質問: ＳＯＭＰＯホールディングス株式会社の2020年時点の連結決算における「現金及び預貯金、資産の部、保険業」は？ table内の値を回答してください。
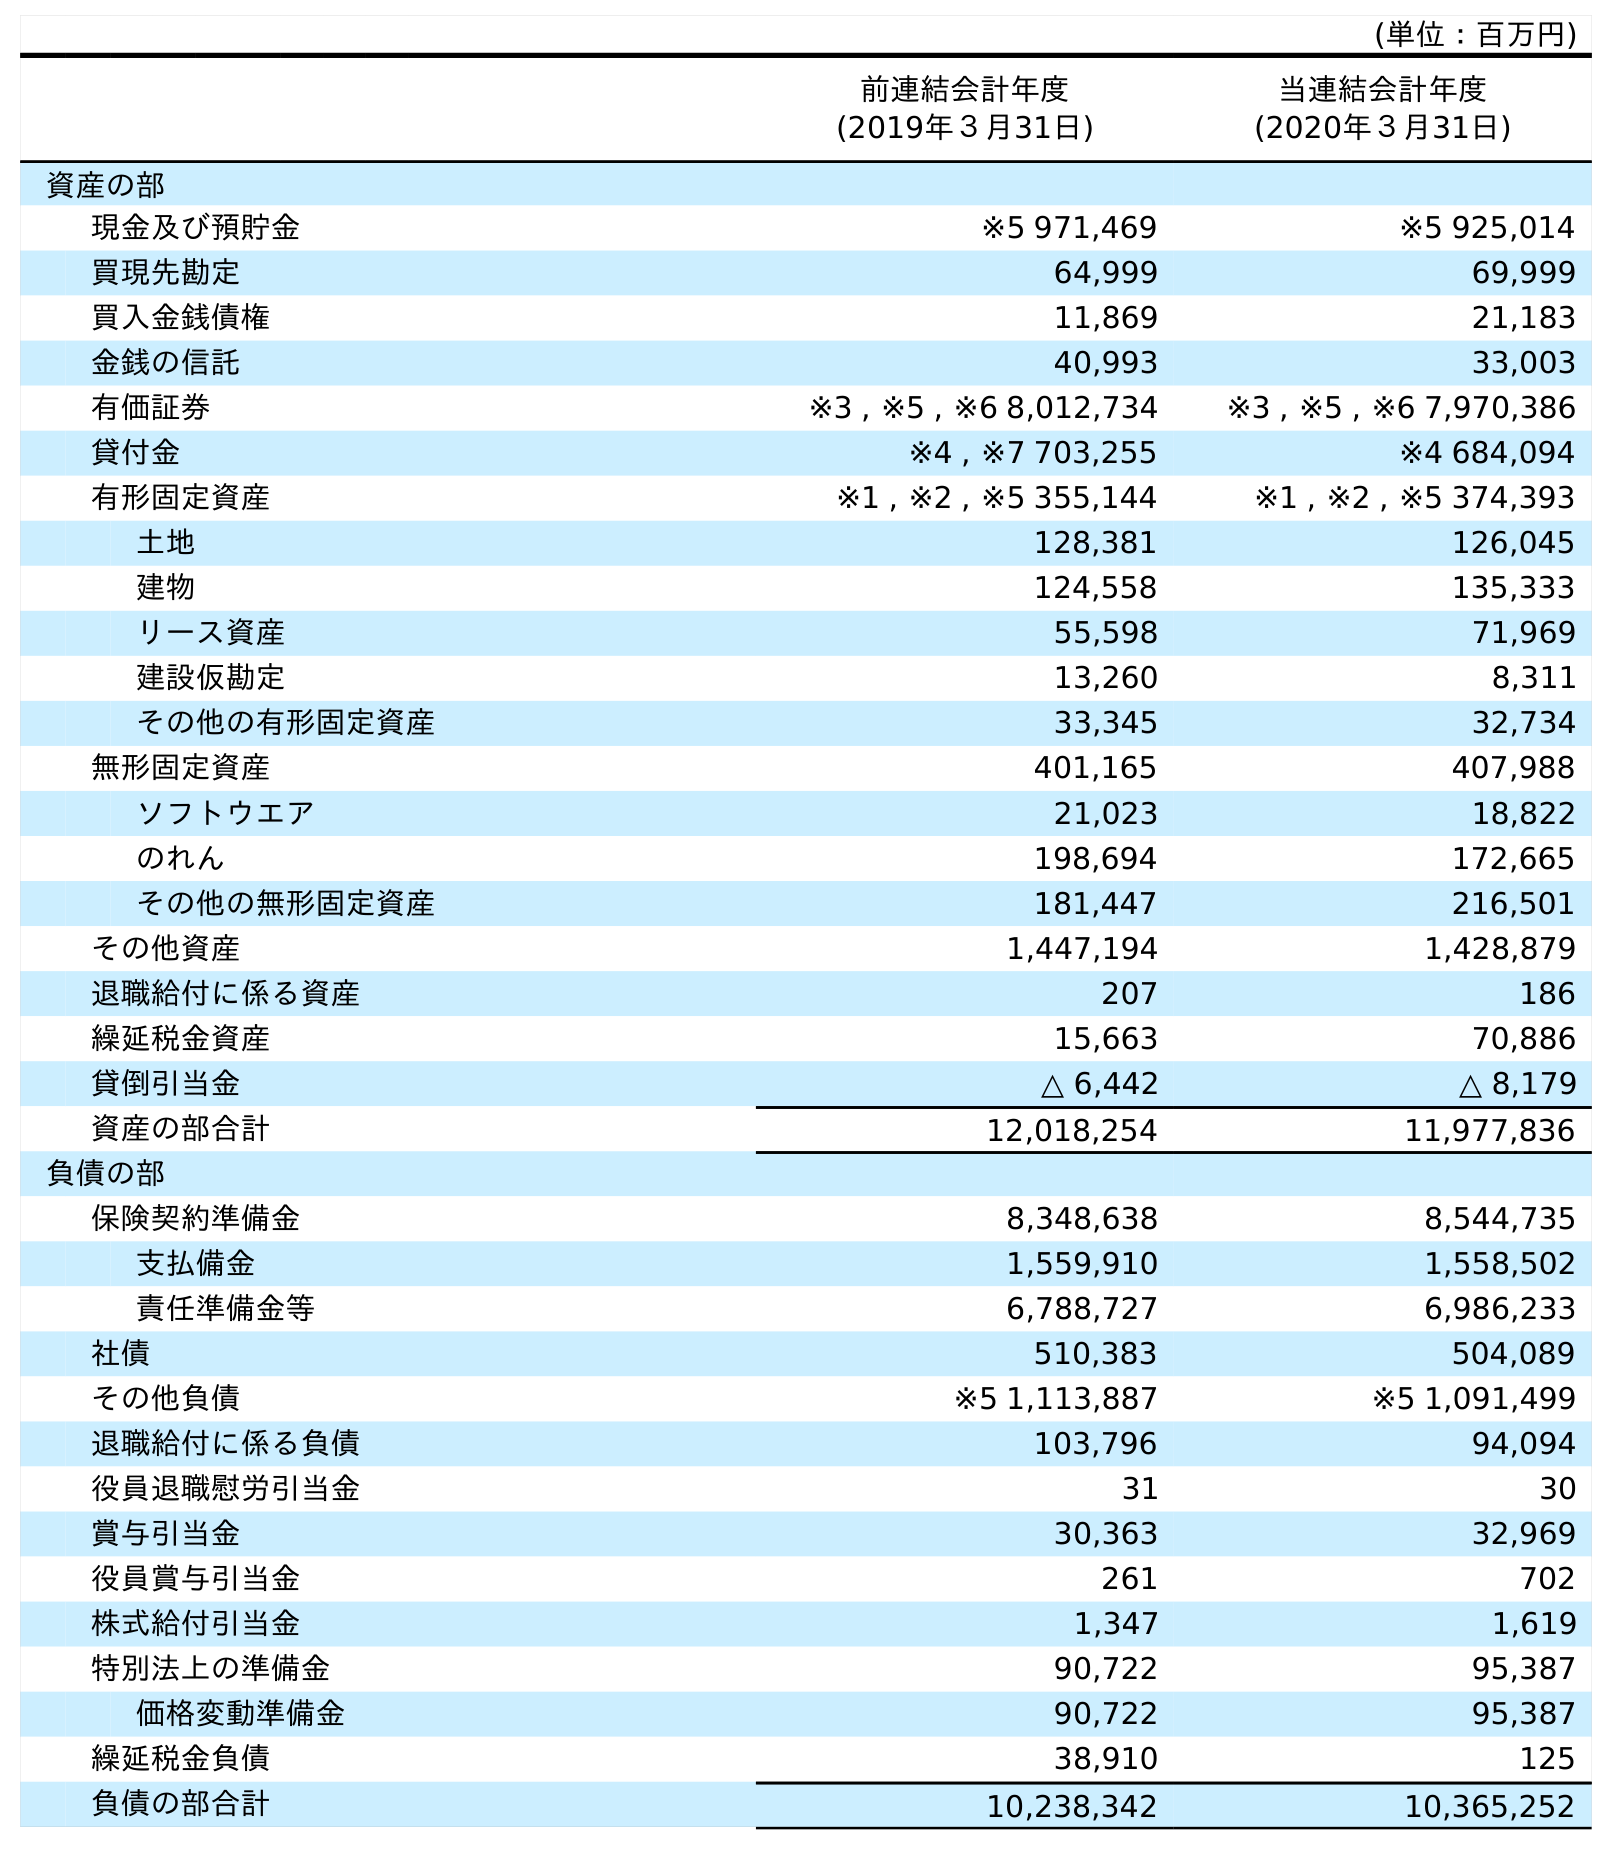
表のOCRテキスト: (単位：百万円) 前連結会計年度 (2019年３月31日) 当連結会計年度 (2020年３月31日) 資産の部 現金及び預貯金 ※5 971,469 ※5 925,014 買現先勘定 64,999 69,999 買入金銭債権 11,869 21,183 金銭の信託 40,993 33,003 有価証券 ※3 , ※5 , ※6 8,012,734 ※3 , ※5 , ※6 7,970,386 貸付金 ※4 , ※7 703,255 ※4 684,094 有形固定資産 ※1 , ※2 , ※5 355,144 ※1 , ※2 , ※5 374,393 土地 128,381 126,045 建物 124,558 135,333 リース資産 55,598 71,969 建設仮勘定 13,260 8,311 その他の有形固定資産 33,345 32,734 無形固定資産 401,165 407,988 ソフトウエア 21,023 18,822 のれん 198,694 172,665 その他の無形固定資産 181,447 216,501 その他資産 1,447,194 1,428,879 退職給付に係る資産 207 186 繰延税金資産 15,663 70,886 貸倒引当金 △ 6,442 △ 8,179 資産の部合計 12,018,254 11,977,836 負債の部 保険契約準備金 8,348,638 8,544,735 支払備金 1,559,910 1,558,502 責任準備金等 6,788,727 6,986,233 社債 510,383 504,089 その他負債 ※5 1,113,887 ※5 1,091,499 退職給付に係る負債 103,796 94,094 役員退職慰労引当金 31 30 賞与引当金 30,363 32,969 役員賞与引当金 261 702 株式給付引当金 1,347 1,619 特別法上の準備金 90,722 95,387 価格変動準備金 90,722 95,387 繰延税金負債 38,910 125 負債の部合計 10,238,342 10,365,252
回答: ※5925,014